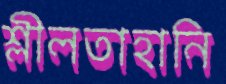
শ্লীলতাহানি